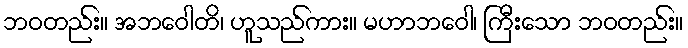
ဘဝတည်း။ အဘဝေါတိ၊ ဟူသည်ကား။ မဟာဘဝေါ၊ ကြီးသော ဘဝတည်း။